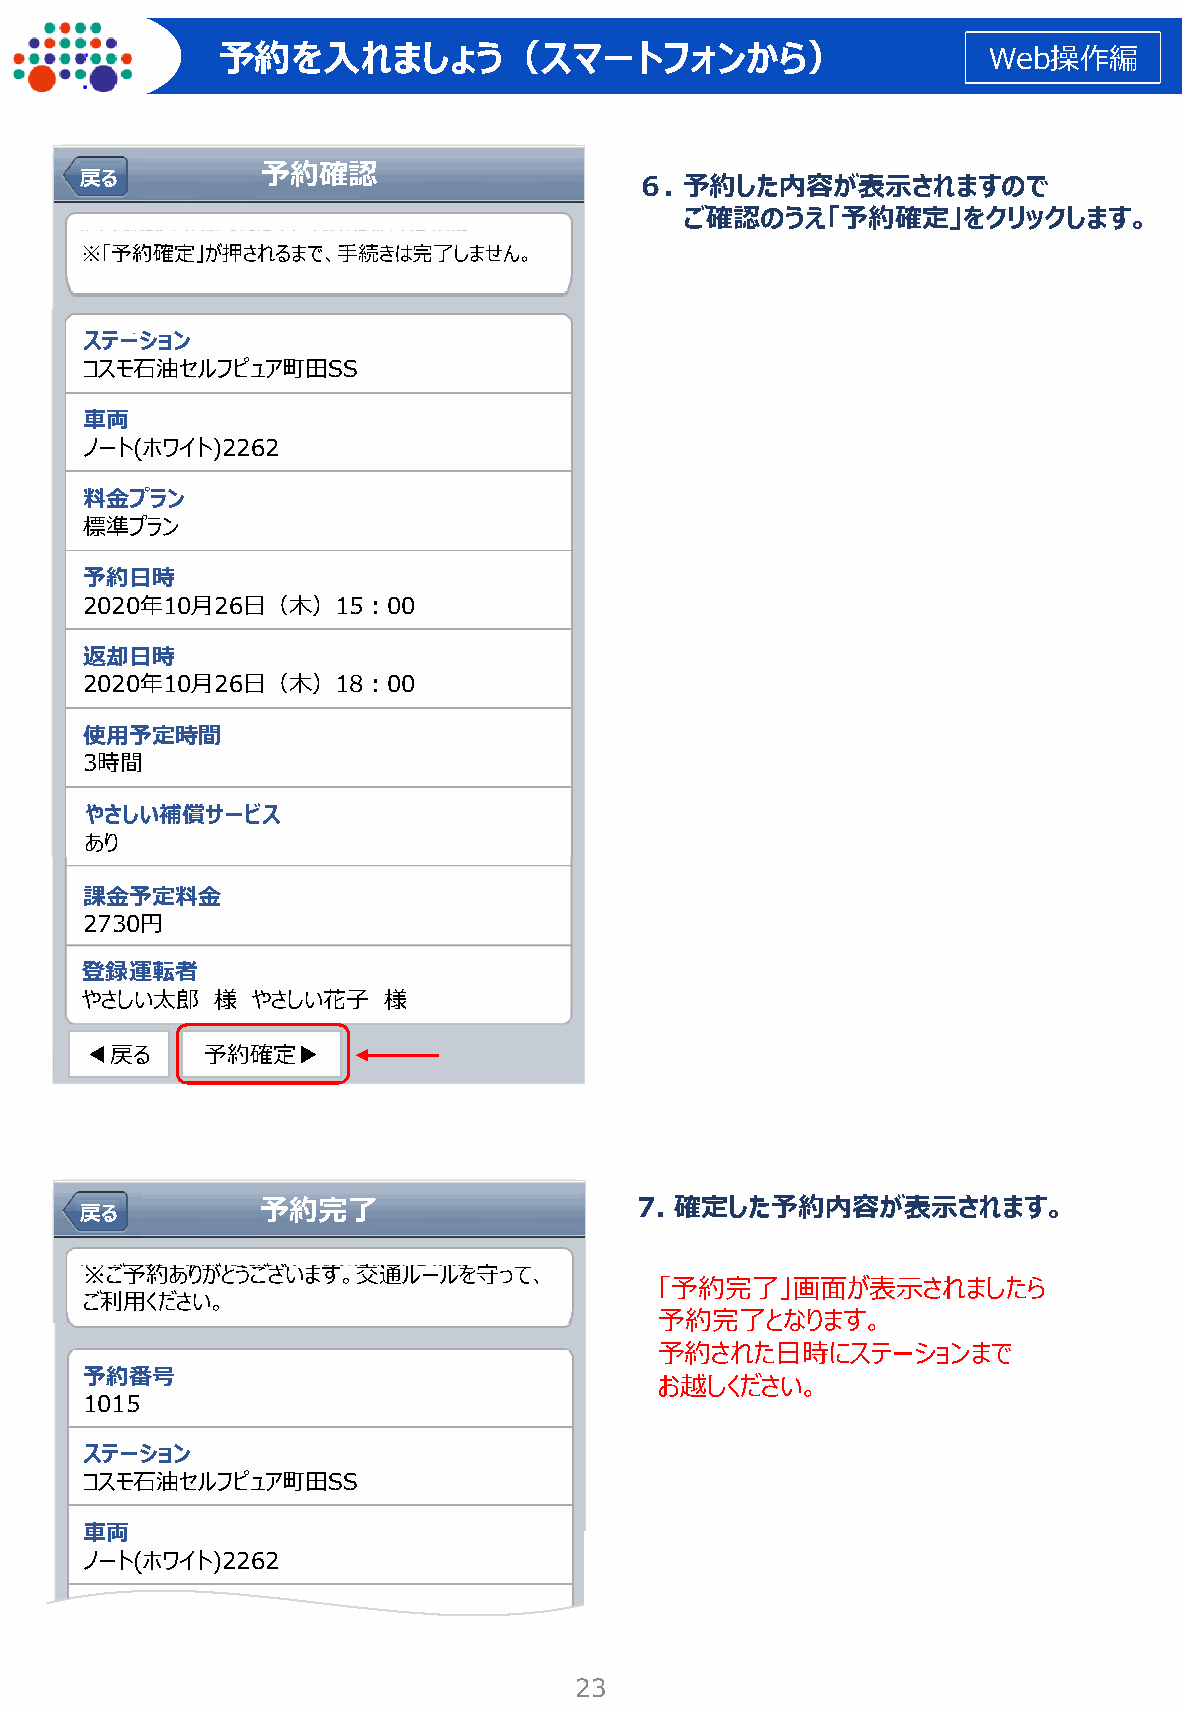
予約を入れましょう（スマートフォンから）                               Web操作編
 予約確認 戻る                  ６. 予約した内容が表示されますので
 ご確認のうえ「予約確定」をクリックします。
 ※「予約確定」が押されるまで、手続きは完了しません。
 ステーション
 コスモ石油セルフピュア町田SS
 車両
 ノート(ホワイト)2262
 料金プラン
 標準プラン
 予約日時
 2020年10月26日（木）15：00
 返却日時
 2020年10月26日（木）18：00
 使用予定時間
 3時間
 やさしい補償サービス
 あり
 課金予定料金
 2730円
 登録運転者
 やさしい太郎   様  やさしい花子  様
 ◀戻る    予約確定▶
 予約完了                     7. 確定した予約内容が表示されます。
 戻戻るる
 ※ご予約ありがとうございます。交通ルールを守って、
 「予約完了」画面が表示されましたら
 ご利用ください。
 予約完了となります。
 予約された日時にステーションまで
 予約番号
 お越しください。
 1015
 ステーション
 コスモ石油セルフピュア町田SS
 車両
 ノート(ホワイト)2262
 23
 戻 る